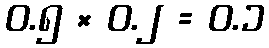
၀.၅ × ၀.၂ = ၀.၁